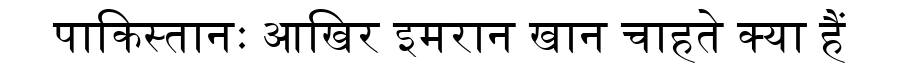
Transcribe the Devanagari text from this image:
पाकिस्तानः आखिर इमरान खान चाहते क्या हैं